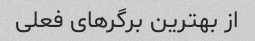
از بهترین برگر‌های فعلی